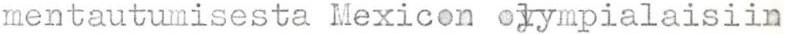
mentautumisesta Mexicon olympialaisiin